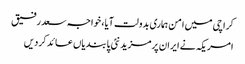
کراچی میں امن ہماری بدولت آیا، خواجہ سعد رفیق
امریکہ نے ایران پرمزید نئی پابندیاں عائد کردیں